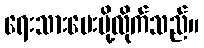
ရေးသားပေးပို့လိုက်သည်။